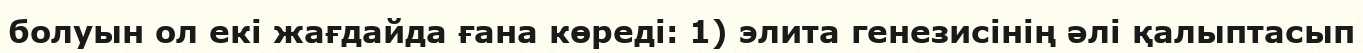
болуын ол екі жағдайда ғана көреді: 1) элита генезисінің әлі қалыптасып